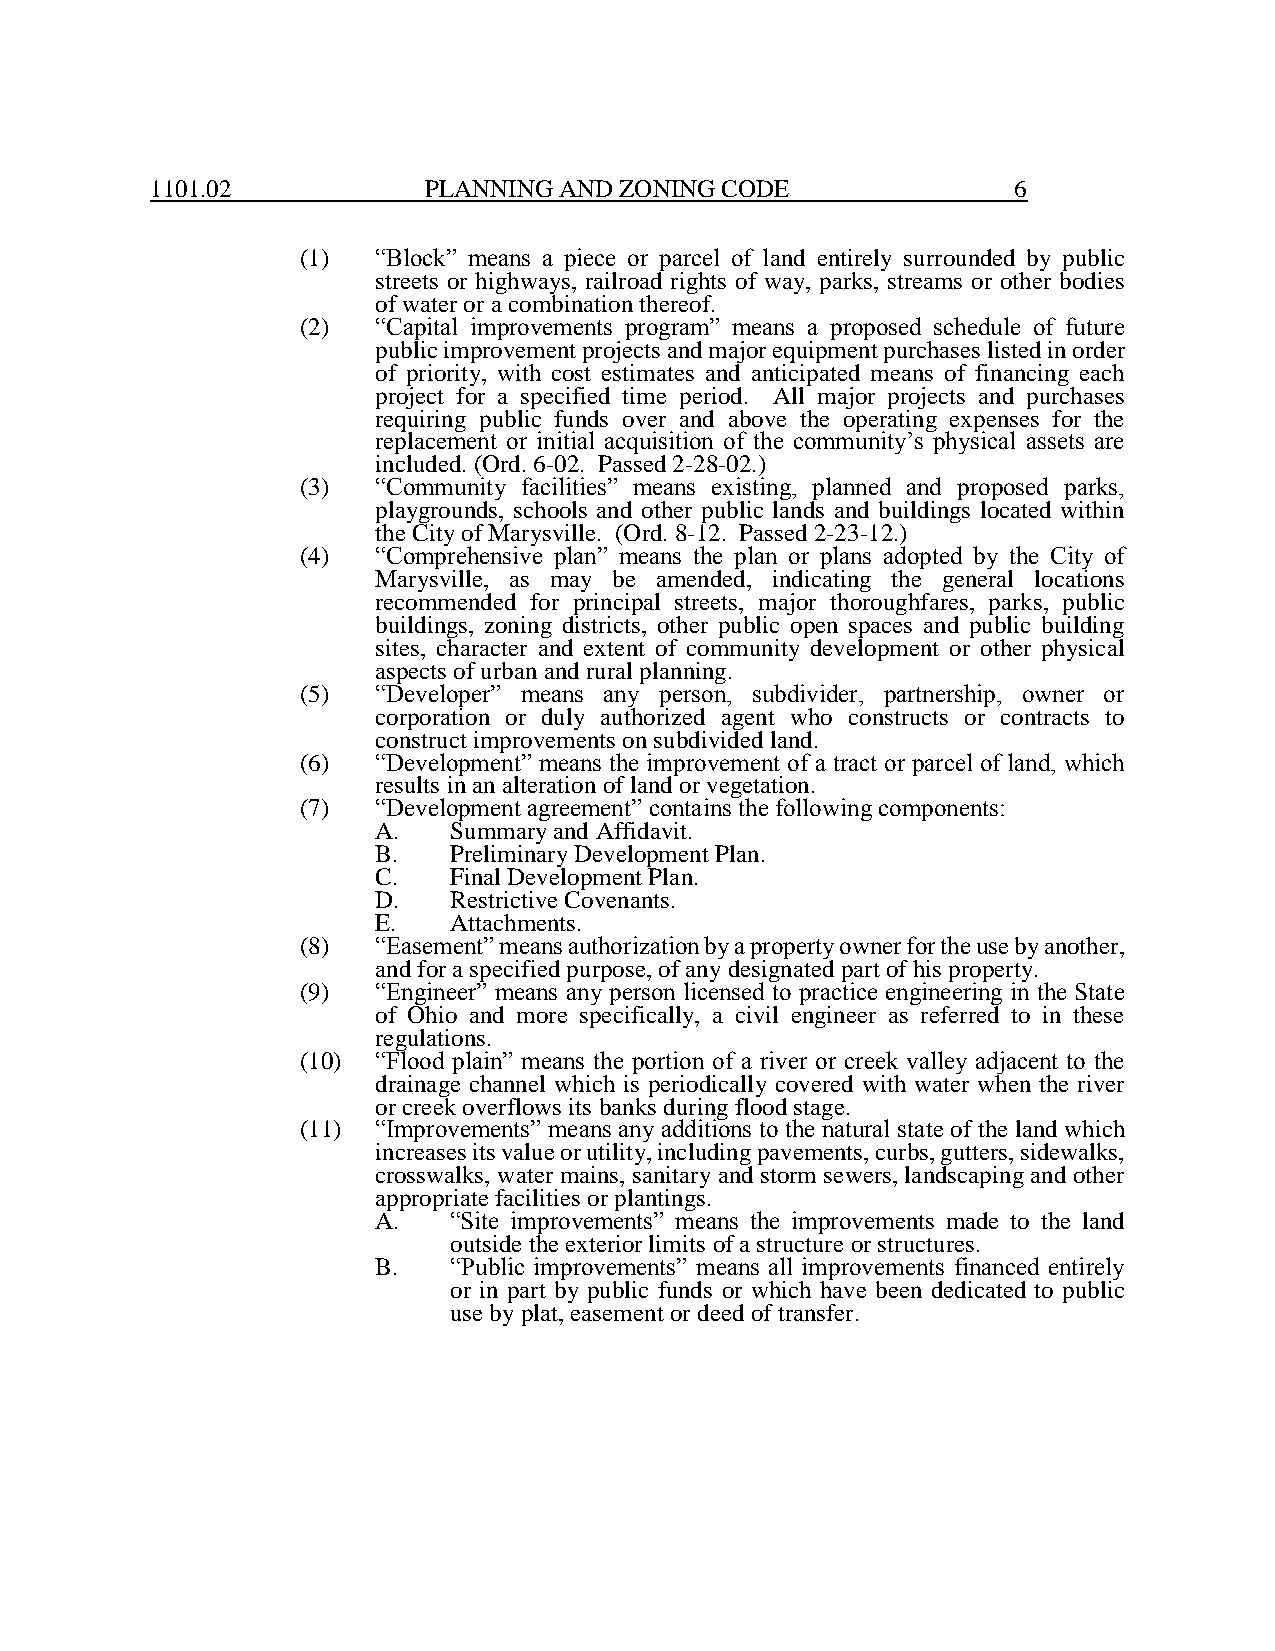
1101.02           PLANNING AND ZONING CODE               6
 (1)  “Block” means a piece or parcel of land entirely surrounded by public
 streets or highways, railroad rights of way, parks, streams or other bodies
 of water or a combination thereof.
 (2)  “Capital improvements program” means a proposed schedule of future
 public improvement projects and major equipment purchases listed in order
 of priority, with cost estimates and anticipated means of financing each
 project for a specified time period. All major projects and purchases
 requiring public funds over and above the operating expenses for the
 replacement or initial acquisition of the community’s physical assets are
 included. (Ord. 6-02. Passed 2-28-02.)
 (3)  “Community facilities” means existing, planned and proposed parks,
 playgrounds, schools and other public lands and buildings located within
 the City of Marysville. (Ord. 8-12. Passed 2-23-12.)
 (4)  “Comprehensive plan” means the plan or plans adopted by the City of
 Marysville, as may be amended, indicating the general locations
 recommended for principal streets, major thoroughfares, parks, public
 buildings, zoning districts, other public open spaces and public building
 sites, character and extent of community development or other physical
 aspects of urban and rural planning.
 (5)  “Developer” means any person, subdivider, partnership, owner or
 corporation or duly authorized agent who constructs or contracts to
 construct improvements on subdivided land.
 (6)  “Development” means the improvement of a tract or parcel of land, which
 results in an alteration of land or vegetation.
 (7)  “Development agreement” contains the following components:
 A.   Summary and Affidavit.
 B.   Preliminary Development Plan.
 C.   Final Development Plan.
 D.   Restrictive Covenants.
 E.   Attachments.
 (8)  “Easement” means authorization by a property owner for the use by another,
 and for a specified purpose, of any designated part of his property.
 (9)  “Engineer” means any person licensed to practice engineering in the State
 of Ohio and more specifically, a civil engineer as referred to in these
 regulations.
 (10) “Flood plain” means the portion of a river or creek valley adjacent to the
 drainage channel which is periodically covered with water when the river
 or creek overflows its banks during flood stage.
 (11) “Improvements” means any additions to the natural state of the land which
 increases its value or utility, including pavements, curbs, gutters, sidewalks,
 crosswalks, water mains, sanitary and storm sewers, landscaping and other
 appropriate facilities or plantings.
 A.   “Site improvements” means the improvements made to the land
 outside the exterior limits of a structure or structures.
 B.   “Public improvements” means all improvements financed entirely
 or in part by public funds or which have been dedicated to public
 use by plat, easement or deed of transfer.